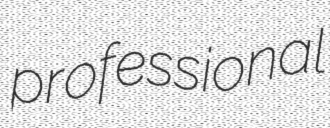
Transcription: professional